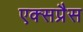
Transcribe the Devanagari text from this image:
एक्‍सप्रैस